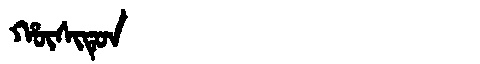
Manchu: ᡥᡡᠰᡳᡨᡠᠨ
Romanization: HŪSITUN